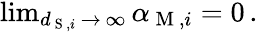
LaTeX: \begin{array}{r}{\operatorname*{lim}_{d_{\mathrm{~S~},i}\, \to\, \infty}\alpha_{\mathrm{~M~},i}=0\, .}\end{array}